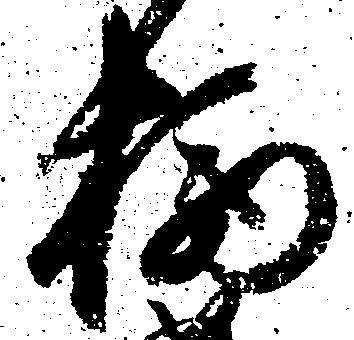
柄